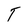
Character: T